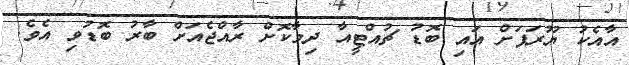
އާއެކު ޔޫރަަޕަށް އައި ބޮޑު ޗުއްޓީއާ ދިމާކޮށް ރާއްޖެއަށް ބާރު ބޮޑުވި އެވެ.